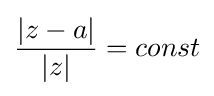
{\frac {|z-a|}{|z|}}=const